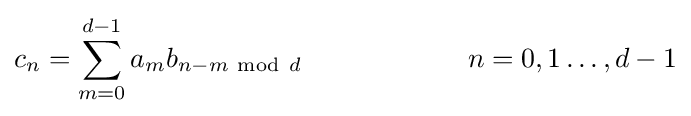
c_{n}=\sum _{m=0}^{d-1}a_{m}b_{n-m\ \mathrm {mod} \ d}\qquad \qquad \qquad n=0,1\dots ,d-1